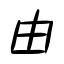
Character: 由